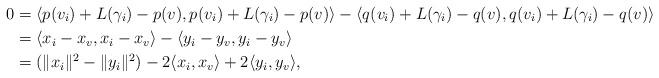
LaTeX: \begin{align*}0 &=\langle p(v_i)+L(\gamma_i)-p(v), p(v_i)+L(\gamma_i)-p(v)\rangle -\langle q(v_i)+L(\gamma_i)-q(v),q(v_i)+L(\gamma_i)-q(v) \rangle\\&=\langle x_i-x_v, x_i-x_v\rangle - \langle y_i-y_v, y_i-y_v\rangle\\&=(\|x_i\|^2-\|y_i\|^2)-2\langle x_i, x_v\rangle +2\langle y_i, y_v\rangle, \end{align*}